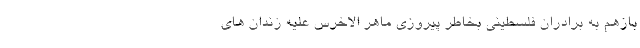
بازهم به برادران فلسطینی بخاطر پیروزی ماهر الاخرس علیه زندان های